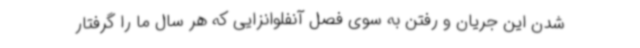
شدن این جریان و رفتن به سوی فصل آنفلوانزایی که هر سال ما را گرفتار